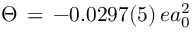
\Theta \, = \, - 0 . 0 2 9 7 ( 5 ) \, e a _ { 0 } ^ { 2 }